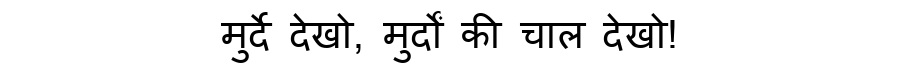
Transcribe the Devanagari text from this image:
मुर्दे देखो, मुर्दों की चाल देखो!